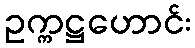
ဥက္ကဋ္ဌဟောင်း